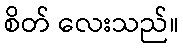
စိတ် လေးသည်။